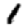
Digit: 1